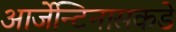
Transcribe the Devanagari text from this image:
आर्जेन्टिनासकडे